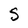
Character: S